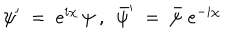
\psi ^ { \prime } \; = \; e ^ { i \chi } \, \psi ~ , ~ ~ \bar { \psi } ^ { \prime } \; = \; \bar { \psi } \; e ^ { - i \chi }